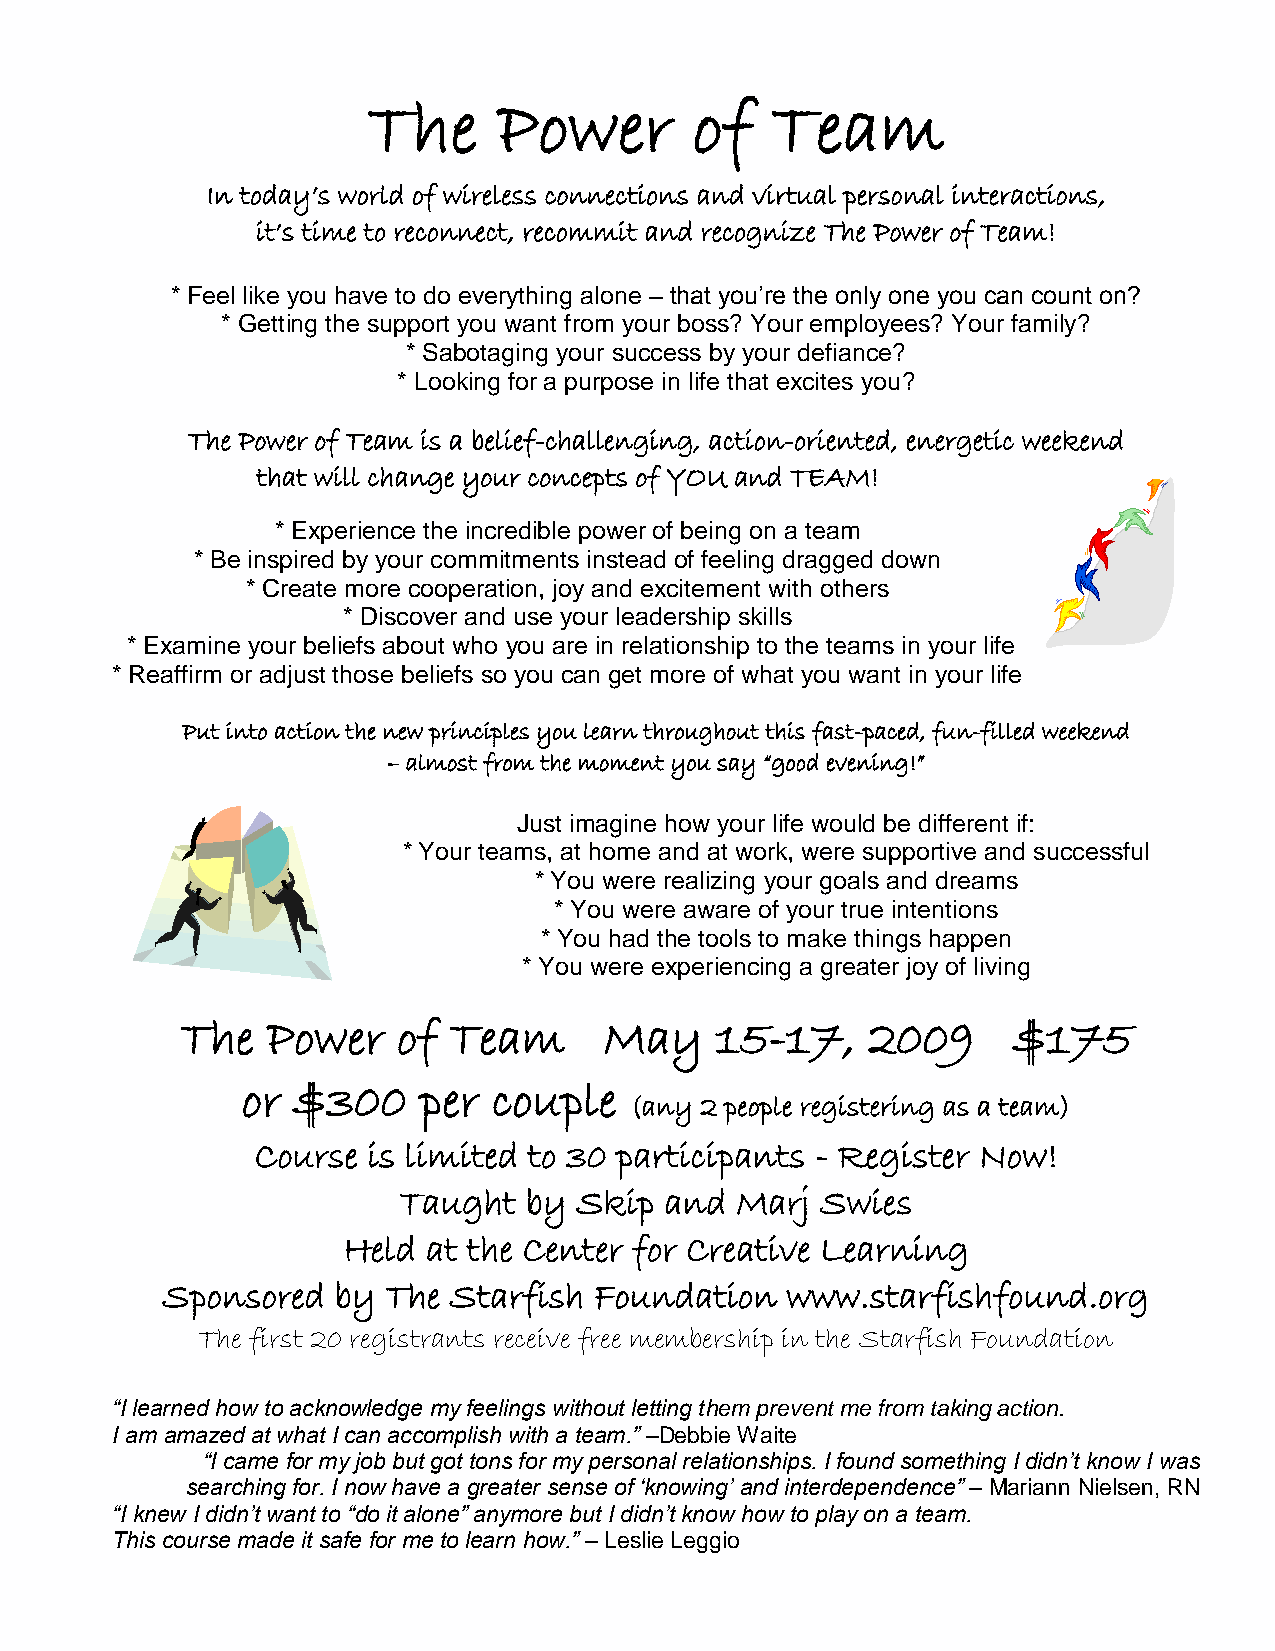
The      Power        of   Team
 In today’s world of wireless connections and virtual personal interactions,
 it’s time to reconnect, recommit and recognize The Power of Team!
 * Feel like you have to do everything alone – that you’re the only one you can count on?
 * Getting the support you want from your boss? Your employees? Your family?
 * Sabotaging your success by your defiance?
 * Looking for a purpose in life that excites you?
 The Power of Team is a belief-challenging, action-oriented, energetic weekend
 that will change your concepts of YOU and TEAM!
 * Experience the incredible power of being on a team
 * Be inspired by your commitments instead of feeling dragged down
 * Create more cooperation, joy and excitement with others
 * Discover and use your leadership skills
 * Examine your beliefs about who you are in relationship to the teams in your life
 * Reaffirm or adjust those beliefs so you can get more of what you want in your life
 Put into action the new principles you learn throughout this fast-paced, fun-filled weekend
 – almost from the moment you say “good evening!”
 Just imagine how your life would be different if:
 * Your teams, at home and at work, were supportive and successful
 * You were realizing your goals and dreams
 * You were aware of your true intentions
 * You had the tools to make things happen
 * You were experiencing a greater joy of living
 The   Power   of  Team      May    15-17,    2009      $175
 or $300     per  couple
 (any 2 people registering as a team)
 Course is limited to 30 participants - Register Now!
 Taught   by Skip  and  Marj Swies
 Held at the Center for Creative Learning
 Sponsored  by  The Starfish Foundation   www.starfishfound.org
 The first 20 registrants receive free membership in the Starfish Foundation
 “I learned how to acknowledge my feelings without letting them prevent me from taking action.
 I am amazed at what I can accomplish with a team.” –Debbie Waite
 “I came for my job but got tons for my personal relationships. I found something I didn‟t know I was
 searching for. I now have a greater sense of „knowing‟ and interdependence” – Mariann Nielsen, RN
 “I knew I didn‟t want to “do it alone” anymore but I didn‟t know how to play on a team.
 This course made it safe for me to learn how.” – Leslie Leggio